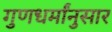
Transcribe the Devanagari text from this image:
गुणधर्मांनुसार